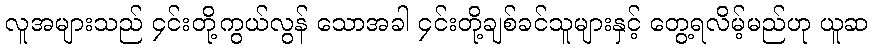
လူအများသည် ၄င်းတို့ကွယ်လွန် သောအခါ ၄င်းတို့ချစ်ခင်သူများနှင့် တွေ့ရလိမ့်မည်ဟု ယူဆ